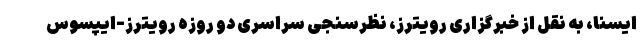
ایسنا، به نقل از خبرگزاری رویترز، نظرسنجی سراسری دو روزه رویترز-ایپسوس